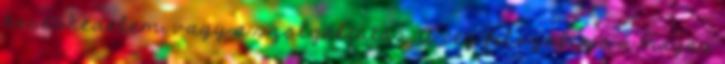
kereskedelem, vagy a szolgáltatás. A cég filozófiája a magas